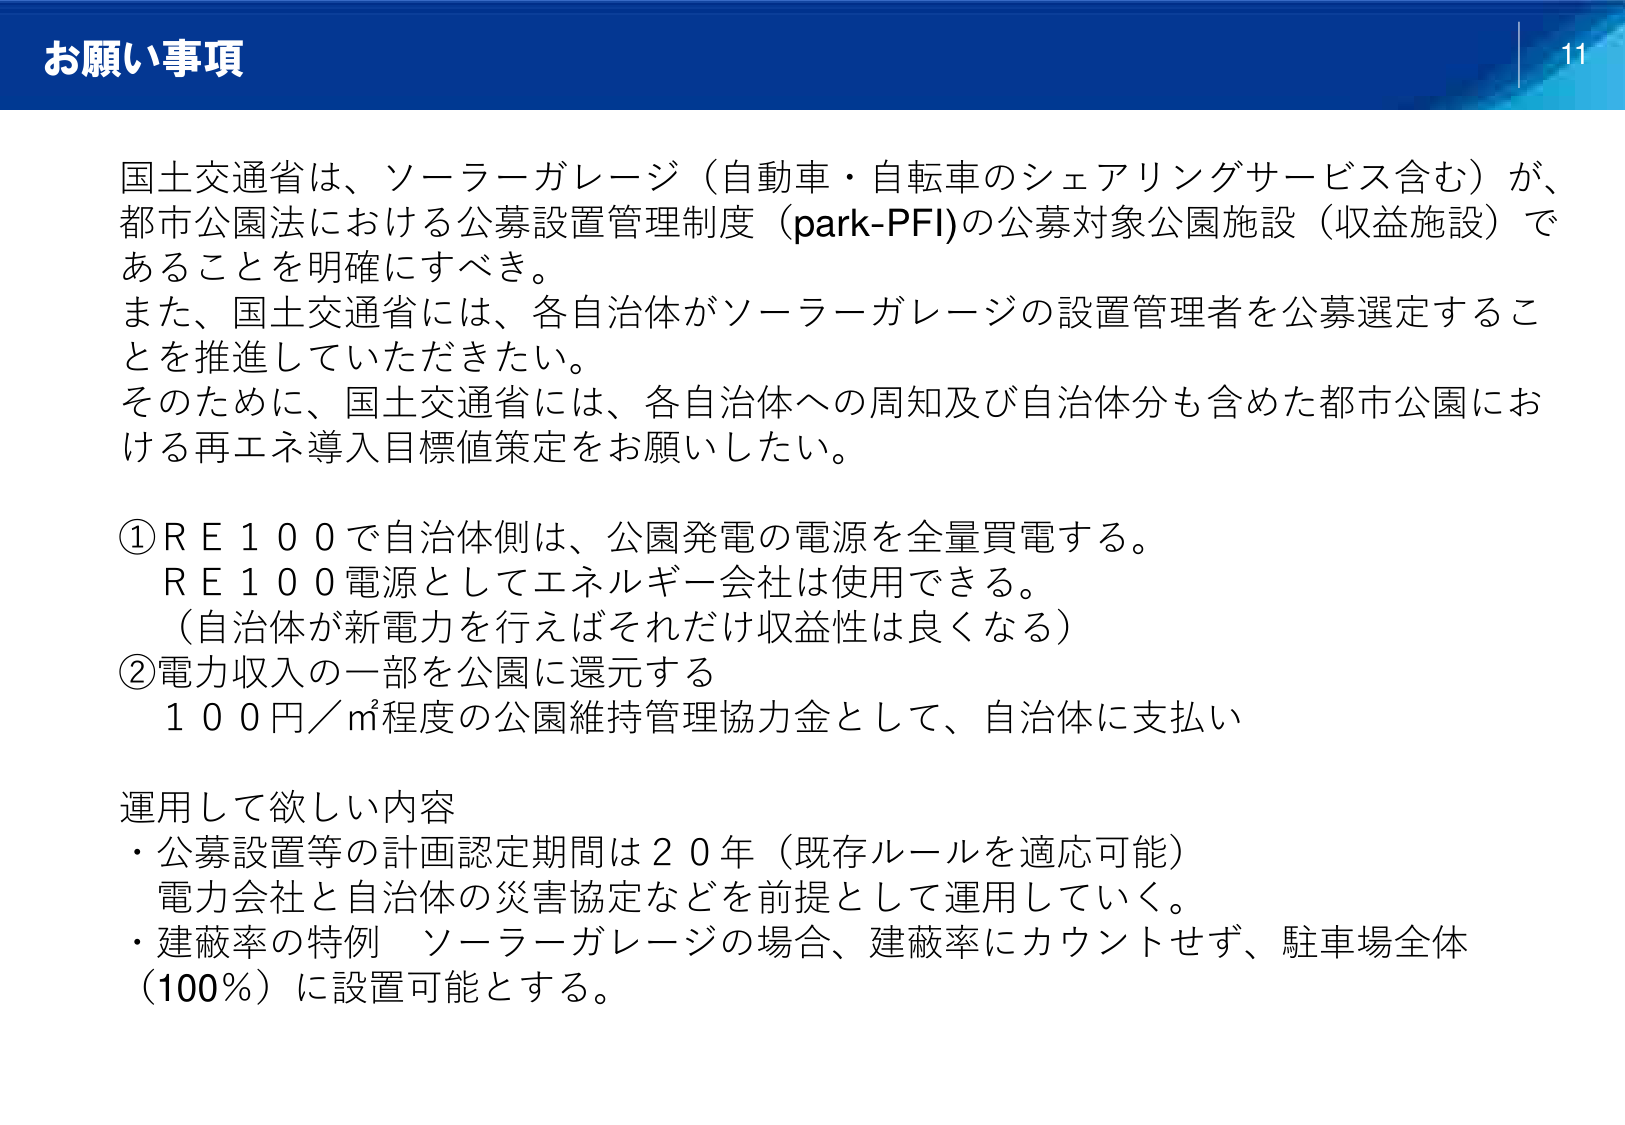
お願い事項

国土交通省は、ソーラーガレージ（自動車・自転車のシェアリングサービス含む）が、都市公園法における公募設置管理制度（park-PFI）の公募対象公園施設（収益施設）であることを明確にすべき。
また、国土交通省には、各自治体がソーラーガレージの設置管理者を公募選定することを推進していただきたい。
そのため、国土交通省には、各自治体への周知及び自治体分も含めた都市公園における再エネ導入目標値策定をお願いしたい。

①ＲＥ１００で自治体側は、公園発電の電源を全量買電する。
　ＲＥ１００電源としてエネルギー会社は使用できる。
　（自治体が新電力を行えばそれだけ収益性は良くなる）
②電力収入の一部を公園に還元する
　１００円／㎡程度の公園維持管理協力金として、自治体に支払い

運用して欲しい内容
・公募設置等の計画認定期間は２０年（既存ルールを適応可能）
　電力会社と自治体の災害協定などを前提として運用していく。
・建蔽率の特例　ソーラーガレージの場合、建蔽率にカウントせず、駐車場全体（100％）に設置可能とする。

11